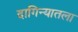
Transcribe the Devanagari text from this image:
दागिन्यातला